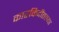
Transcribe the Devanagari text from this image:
कारकिर्दीतल्या